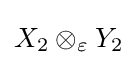
X_{2}\otimes _{\varepsilon }Y_{2}